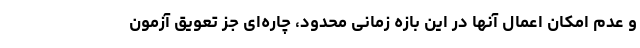
و عدم امکان اعمال آنها در این بازه زمانی محدود، چاره‌ای جز تعویق آزمون